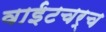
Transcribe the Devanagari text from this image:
वाईटचर्च